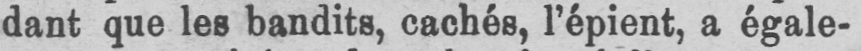
dant que les bandits, cachés, l’épient, a égale-